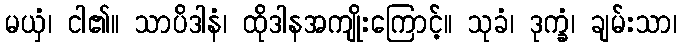
မယှံ၊ ငါ၏။ သာပိဒါနံ၊ ထိုဒါနအကျိုးကြောင့်။ သုခံ၊ ဒုက္ခံ၊ ချမ်းသာ၊